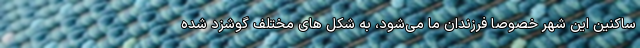
ساکنین این شهر خصوصا فرزندان ما می‌شود، به شکل های مختلف گوشزد شده